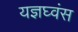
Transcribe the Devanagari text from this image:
यज्ञघ्वंस